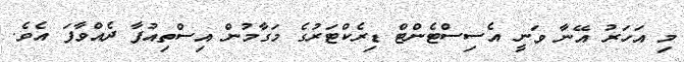
މި އަހަރު އޭނާ ވަނީ އެސިސްޓެންޓް ޑިރެކްޓަރުގެ މަގާމުން އިސްތިއުފާ ދެއްވާފަ އެވެ.